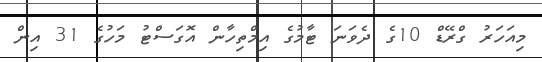
މިއަހަރު ގްރޭޑް 10ގެ ދެވަނަ ޓާމުގެ އިމްތިހާން އޮގަސްޓު މަހުގެ 31 އިން